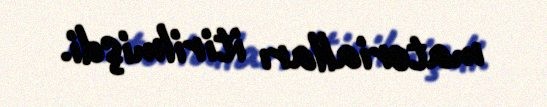
materialları itirilmişdi.